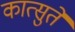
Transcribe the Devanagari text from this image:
कात्सुते